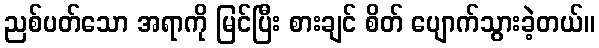
ညစ်ပတ်သော အရာကို မြင်ပြီး စားချင် စိတ် ပျောက်သွားခဲ့တယ်။